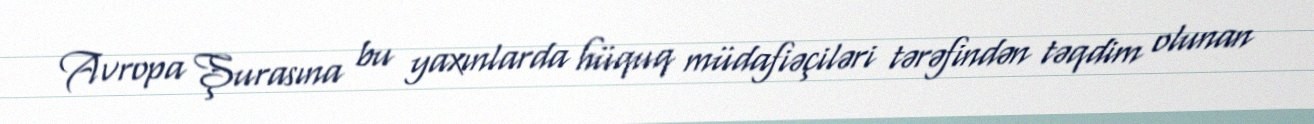
Avropa Şurasına bu yaxınlarda hüquq müdafiəçiləri tərəfindən təqdim olunan